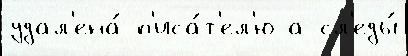
удал'ена́ п'иса́т'ел'ю а сл'еды́